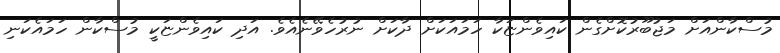
މުސްކާންއަށް މަޖުބޫރުކޮށްގެން ކައިވެންޏަކާ ހަމައަކަށް ދާކަށް ނުރުހެވޭނެއެވެ. އަދި ކައިވެންޏަކީ މުސްކާން ހަމައެކަނި